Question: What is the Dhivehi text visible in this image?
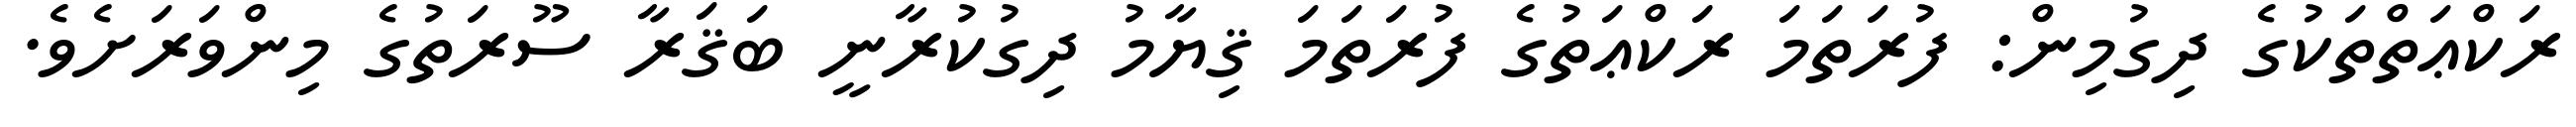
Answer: ރަކްޢަތްތަކުގެ ދިގުމިން: ފުރަތަމަ ރަކްޢަތުގެ ފުރަތަމަ ޤިޔާމު ދިގުކުރާނީ ބަޤަރާ ސޫރަތުގެ މިންވަރަށެވެ.